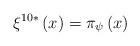
LaTeX: \begin{align*}\xi ^{10*}\left( x\right) =\pi _{\psi }\left( x\right) \end{align*}